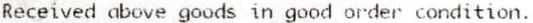
RECEIVED ABOVE GOODS IN GOOD ORDER CONDITION.